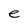
Character: e